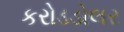
કરોડડોલર